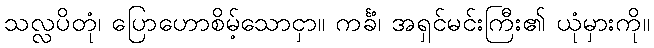
သလ္လပိတုံ၊ ပြောဟောစိမ့်သောငှာ။ ကင်္ခံ၊ အရှင်မင်းကြီး၏ ယုံမှားကို။